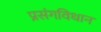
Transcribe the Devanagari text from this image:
प्रसंगविधान